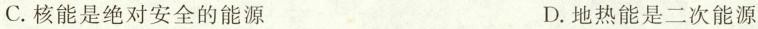
C.核能是绝对安全的能源 D.地热能是二次能源